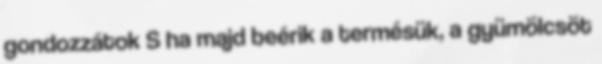
gondozzátok S ha majd beérik a termésük, a gyümölcsöt